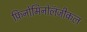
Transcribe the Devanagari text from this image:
फ़िनोमिनोलॅजीकल